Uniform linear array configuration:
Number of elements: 16
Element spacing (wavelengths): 0.25
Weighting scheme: hamming
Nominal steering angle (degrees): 15
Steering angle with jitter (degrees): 14.954
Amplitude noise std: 0.05
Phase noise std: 0.05

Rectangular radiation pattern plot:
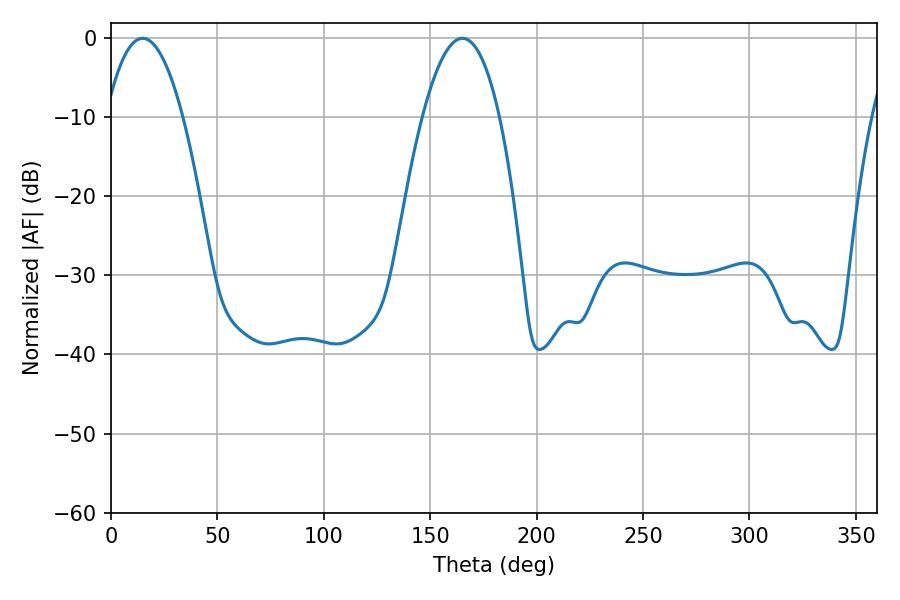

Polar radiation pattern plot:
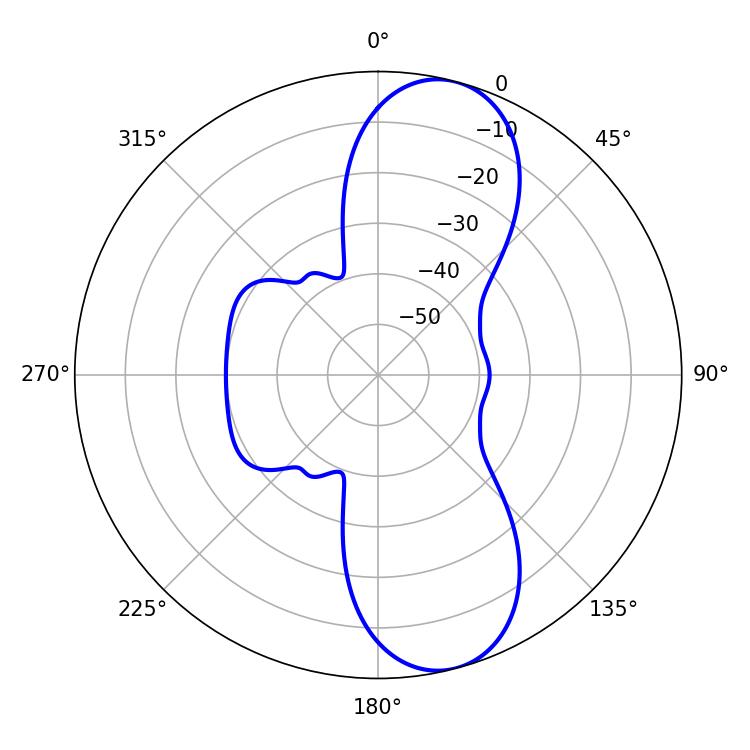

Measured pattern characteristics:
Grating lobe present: FALSE
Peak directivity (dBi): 10.135
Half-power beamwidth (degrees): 19.98
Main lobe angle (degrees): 14.94